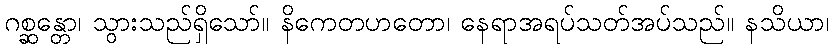
ဂစ္ဆန္တော၊ သွားသည်ရှိသော်။ နိကေတဟတော၊ နေရာအရပ်သတ်အပ်သည်။ နသိယာ၊